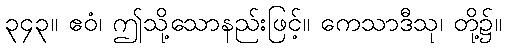
၃၄၃။ ဧဝံ၊ ဤသို့သောနည်းဖြင့်။ ကေသာဒီသု၊ တို့၌။